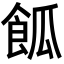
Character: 𩛃